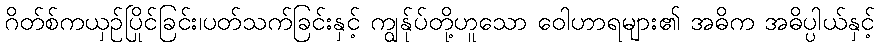
ဂိတ်စ်ကယှဉ်ပြိုင်ခြင်း၊ပတ်သက်ခြင်းနှင့် ကျွန်ုပ်တို့ဟူသော ဝေါဟာရများ၏ အဓိက အဓိပ္ပါယ်နှင့်